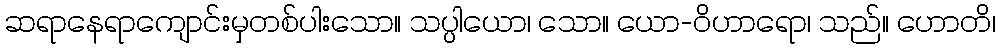
ဆရာနေရာကျောင်းမှတစ်ပါးသော။ သပ္ပါယော၊ သော။ ယော-ဝိဟာရော၊ သည်။ ဟောတိ၊